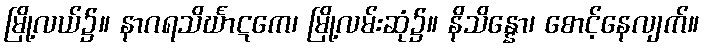
မြို့လယ်၌။ နာဂရသိင်္ဃာဋကေ၊ မြို့လမ်းဆုံ၌။ နိသိန္နော၊ စောင့်နေလျက်။